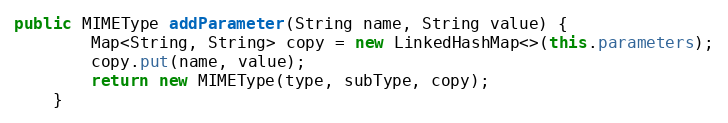
Language: Java
public MIMEType addParameter(String name, String value) {
        Map<String, String> copy = new LinkedHashMap<>(this.parameters);
        copy.put(name, value);
        return new MIMEType(type, subType, copy);
    }